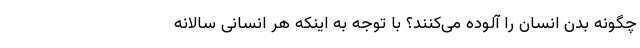
چگونه بدن انسان را آلوده می‌کنند؟ با توجه به اینکه هر انسانی سالانه